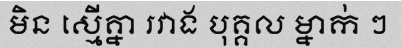
មិន ស្មើគ្នា រវាង បុគ្គល ម្នាក់ ៗ